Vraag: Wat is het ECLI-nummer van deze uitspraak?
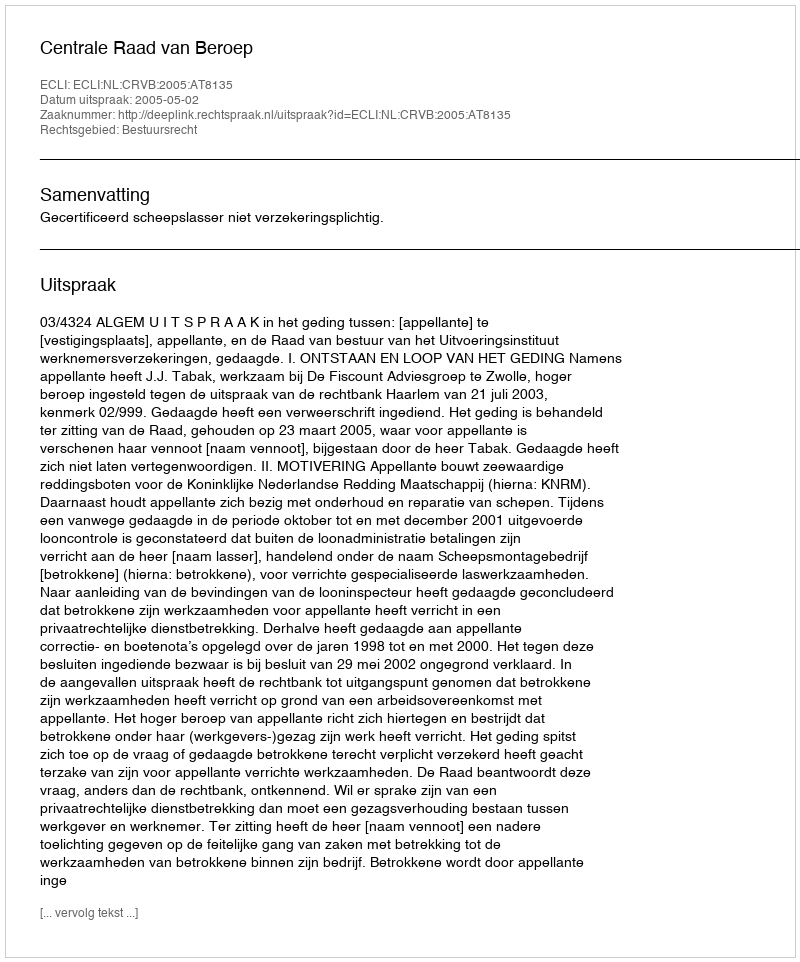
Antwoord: ECLI:NL:CRVB:2005:AT8135